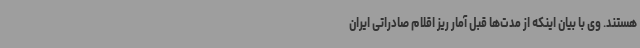
هستند. وی با بیان اینکه از مدت‌ها قبل آمار ریز اقلام صادراتی ایران